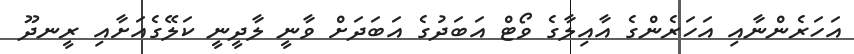
އަހަރެންނާއި އަހަރެންގެ އާއިލާގެ ވޯޓް އަބަދުގެ އަބަދަށް ވާނީ ލާދީނީ ކަލޭގެއަށާއި ރީނދޫ